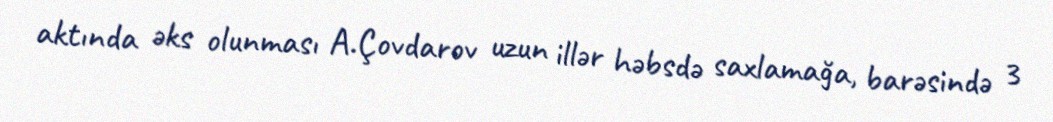
aktında əks olunması A.Çovdarov uzun illər həbsdə saxlamağa, barəsində 3